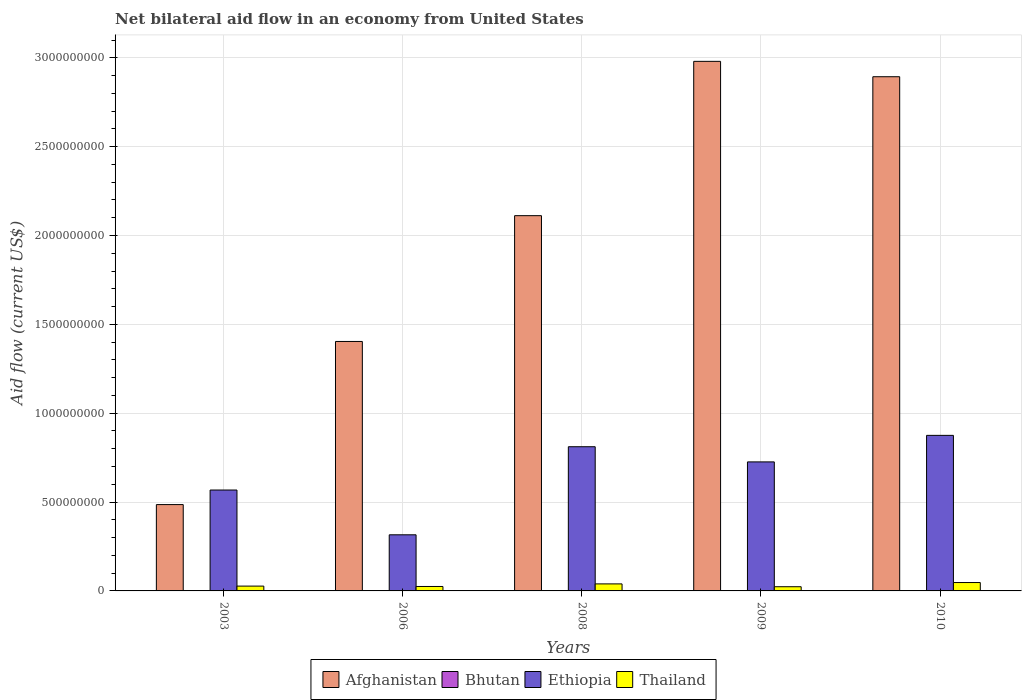
| Years | Afghanistan | Bhutan | Ethiopia | Thailand |
 | --- | --- | --- | --- | --- |
 | 2003 | 4.86e+08 | 1.22e+06 | 5.68e+08 | 2.71e+07 |
 | 2006 | 1.4e+09 | 8e+04 | 3.16e+08 | 2.5e+07 |
 | 2008 | 2.11e+09 | 2.4e+05 | 8.11e+08 | 3.96e+07 |
 | 2009 | 2.98e+09 | 1e+04 | 7.26e+08 | 2.36e+07 |
 | 2010 | 2.89e+09 | 6.2e+05 | 8.75e+08 | 4.72e+07 |